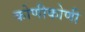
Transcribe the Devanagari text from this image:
कोणीकोणी